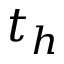
t _ { h }